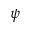
\psi